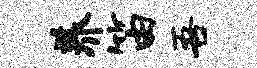
养笛吾